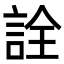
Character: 詮